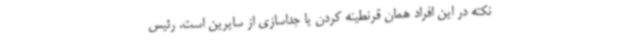
نکته در این افراد همان قرنطینه کردن یا جداسازی از سایرین است. رئیس